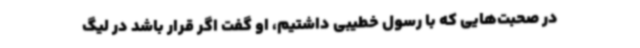
در صحبت‌هایی که با رسول خطیبی داشتیم، او گفت اگر قرار باشد در لیگ